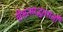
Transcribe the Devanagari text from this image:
वीभत्साद्भुतसंज्ञौ